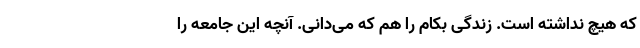
که هیچ نداشته است. زندگی بکام را هم که می‌دانی. آنچه این جامعه را